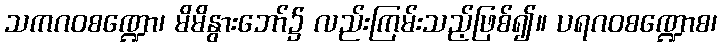
သကဂဝစဏ္ဍော၊ မိမိနွားဘော်၌ လည်းကြမ်းသည့်ဖြစ်၍။ ပရဂဝစဏ္ဍောစ၊